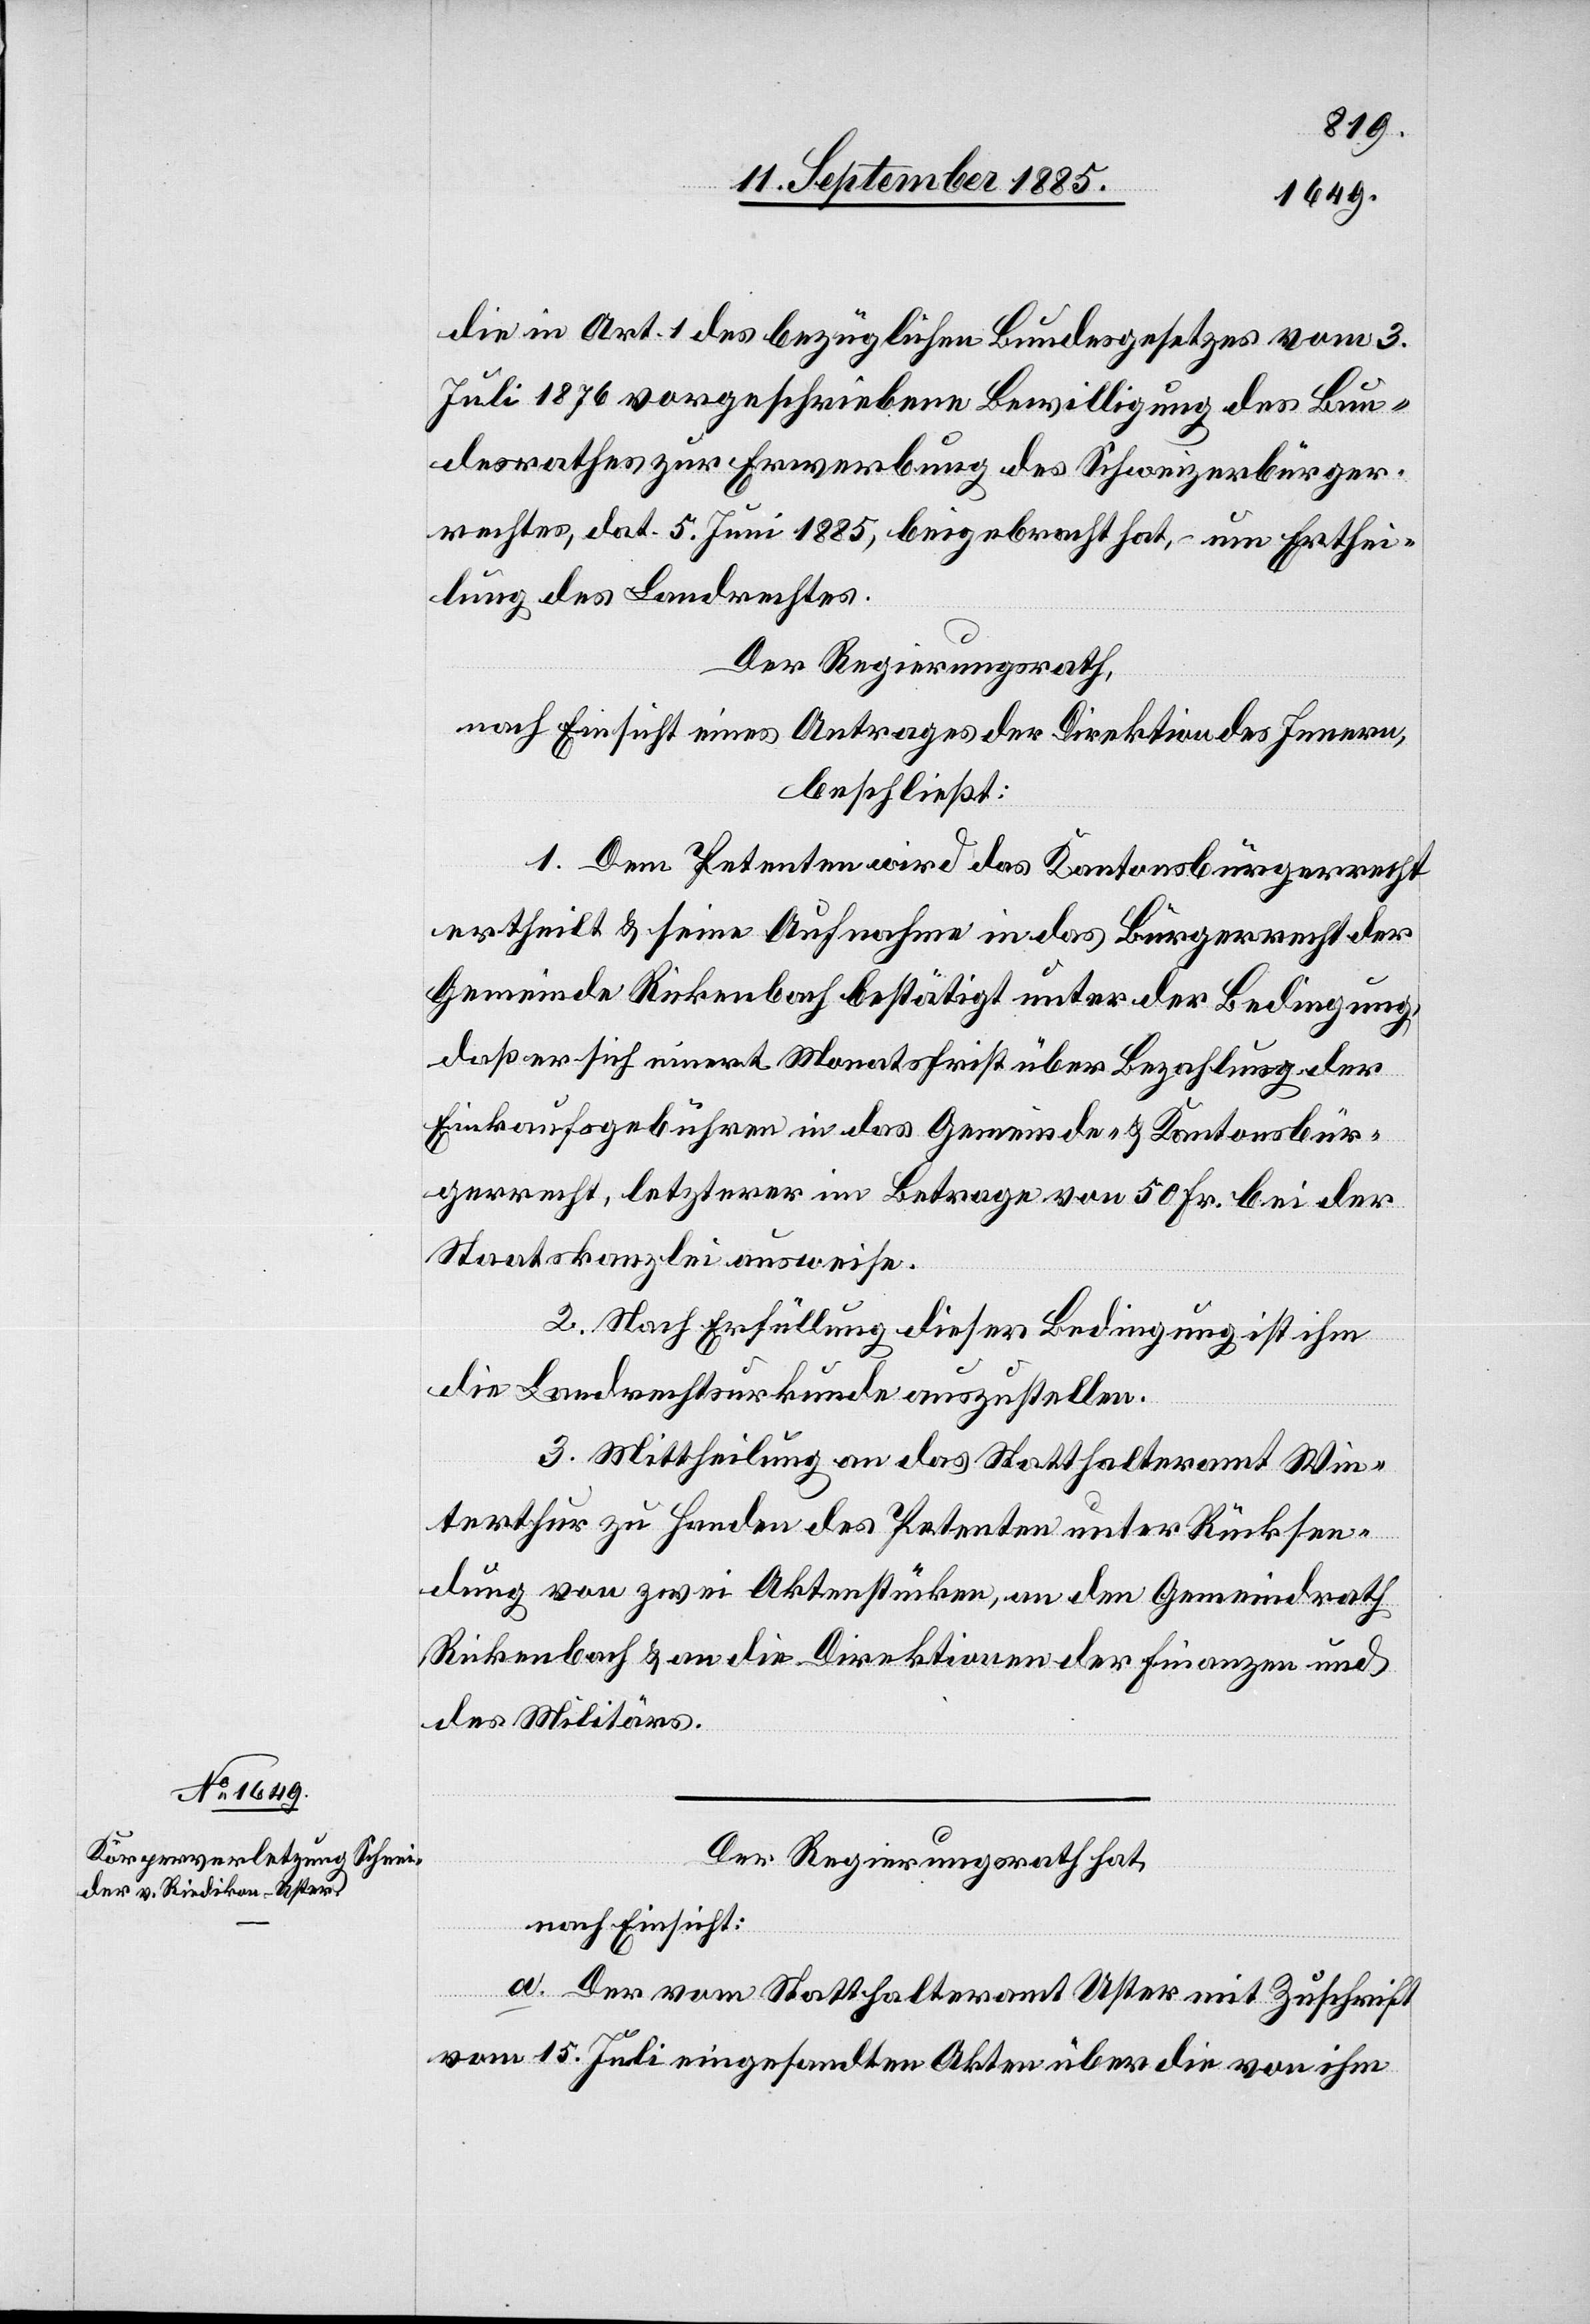
die in Art. 1 des bezüglichen Bundesgesetzes vom 3.
Juli 1876 vorgeschriebene Bewilligung des Bun¬
desrathes zur Erwerbung des Schweizerbürger¬
rechtes, dat. 5. Juni 1885, beigebracht hat, um Erthei¬
lung des Landrechtes.
Der Regierungsrath,
nach Einsicht eines Antrages der Direktion des Innern,
beschließt:
1. Dem Petenten wird das Kantonsbürgerrecht
ertheilt & seine Aufnahme in das Bürgerrecht der
Gemeinde Rickenbach bestätigt unter der Bedingung,
daß er sich innert Monatsfrist über Bezahlung der
Einkaufsgebühren in das Gemeinde- & Kantonsbür¬
gerrecht, letzterer im Betrage von 50 Fr. bei der
Staatskanzlei ausweise.
2. Nach Erfüllung dieser Bedingung ist ihm
die Landrechtsurkunde auszustellen.
3. Mittheilung an das Statthalteramt Win¬
terthur zu Handen des Petenten unter Rücksen¬
dung von zwei Aktenstücken, an den Gemeindrath
Rickenbach & an die Direktionen der Finanzen und
des Militärs.
Der Regierungsrath hat,
nach Einsicht:
a. Der vom Statthalteramt Uster mit Zuschrift
vom 15. Juli eingesandten Akten über die von ihm